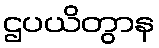
ဌပယိတွာန